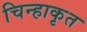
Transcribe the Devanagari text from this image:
चिन्हाकृत